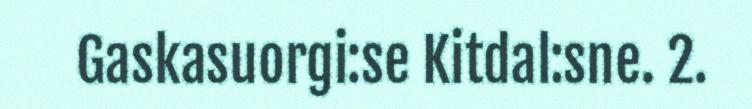
Gaskasuorgi:se Kitdal:sne. 2.